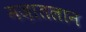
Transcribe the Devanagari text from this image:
मज़ातलान